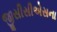
જીસીસીએસના